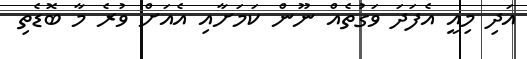
އަދި މިއީ އެފަދަ ވަގުތެއް ނޫން ކަމަށާއި އެއަށް ވުރެ މާ ބޮޑެތި